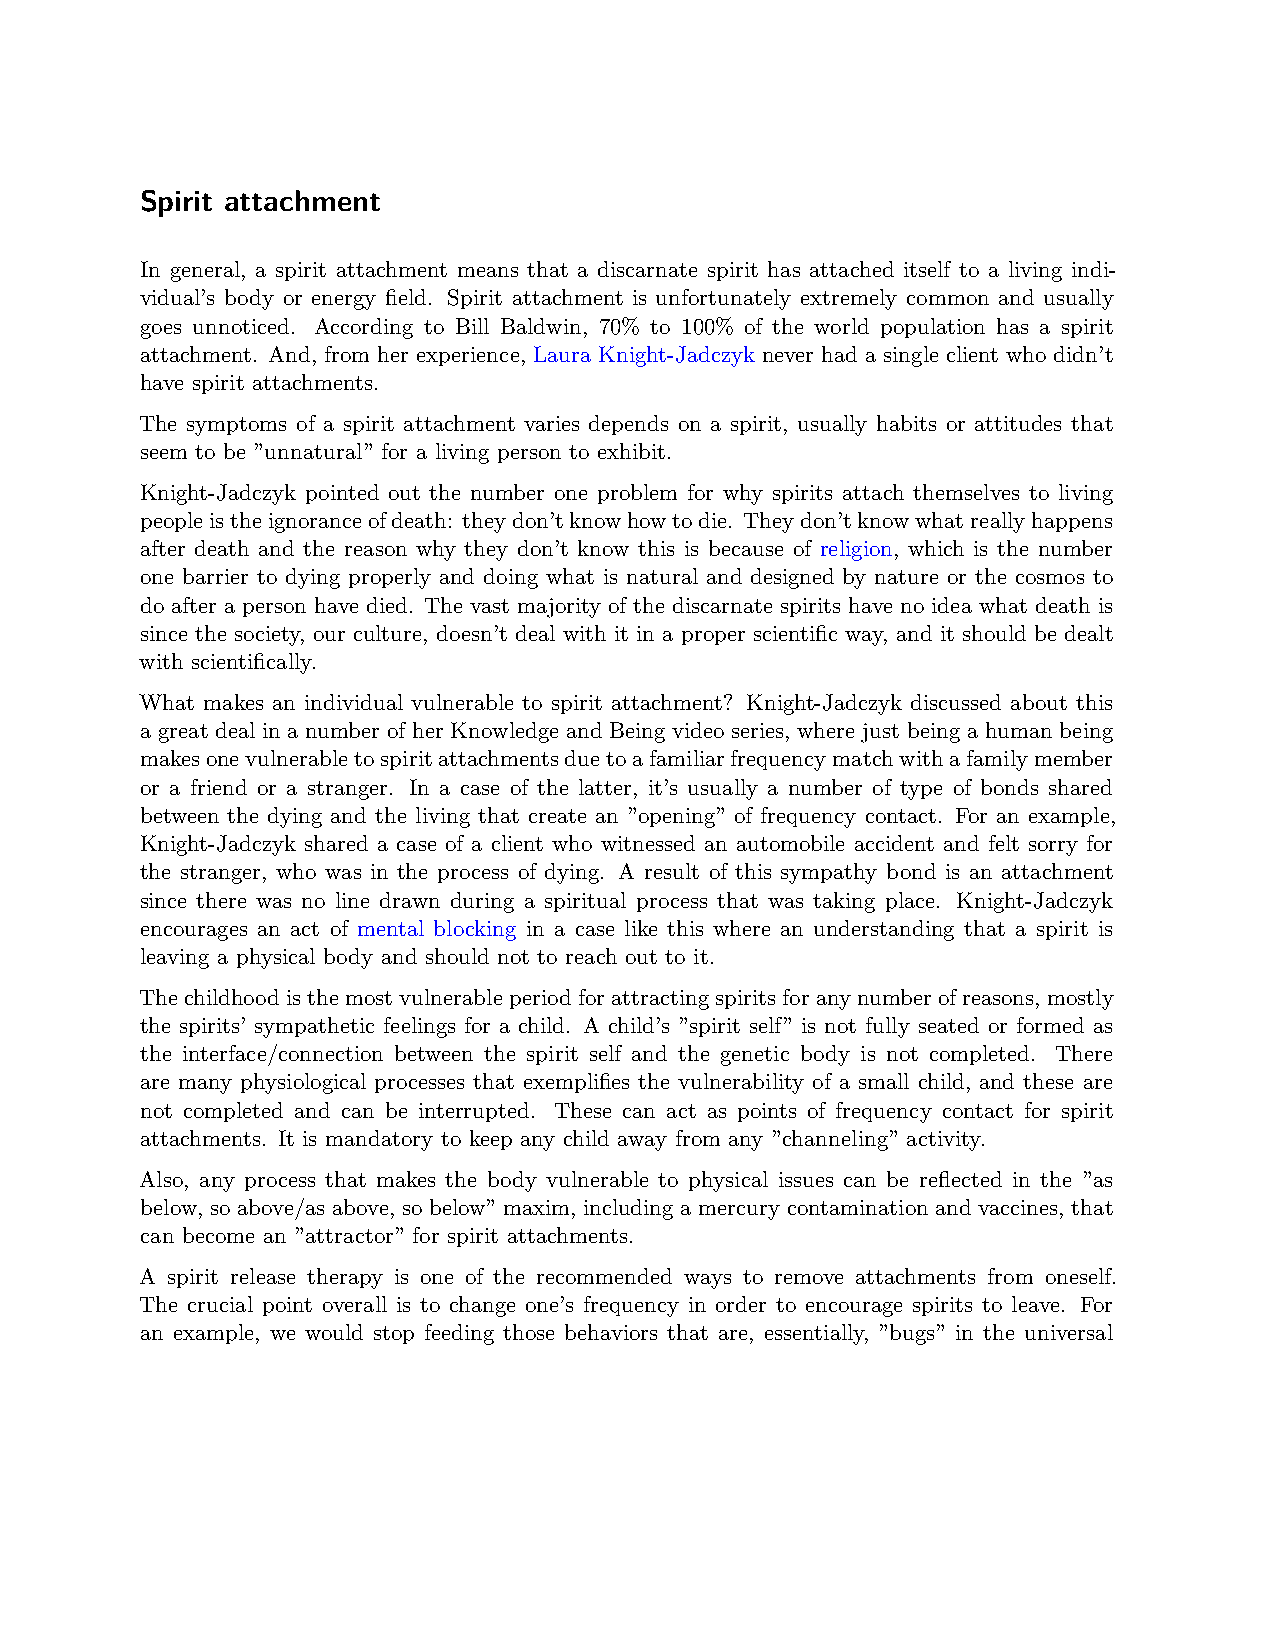
Spirit attachment
 In general, a spirit attachment means that a discarnate spirit has attached itself to a living indi-
 vidual’s body or energy field. Spirit attachment is unfortunately extremely common and usually
 goes unnoticed. According to Bill Baldwin, 70% to 100% of the world population has a spirit
 attachment. And, from her experience, Laura Knight-Jadczyk never had a single client who didn’t
 have spirit attachments.
 The symptoms of a spirit attachment varies depends on a spirit, usually habits or attitudes that
 seem to be ”unnatural” for a living person to exhibit.
 Knight-Jadczyk pointed out the number one problem for why spirits attach themselves to living
 peopleistheignoranceofdeath: theydon’tknowhowtodie. Theydon’tknowwhatreallyhappens
 after death and the reason why they don’t know this is because of religion, which is the number
 one barrier to dying properly and doing what is natural and designed by nature or the cosmos to
 do after a person have died. The vast majority of the discarnate spirits have no idea what death is
 since the society, our culture, doesn’t deal with it in a proper scientific way, and it should be dealt
 with scientifically.
 What makes an individual vulnerable to spirit attachment? Knight-Jadczyk discussed about this
 a great deal in a number of her Knowledge and Being video series, where just being a human being
 makesonevulnerabletospiritattachmentsduetoafamiliarfrequencymatchwithafamilymember
 or a friend or a stranger. In a case of the latter, it’s usually a number of type of bonds shared
 between the dying and the living that create an ”opening” of frequency contact. For an example,
 Knight-Jadczyk shared a case of a client who witnessed an automobile accident and felt sorry for
 the stranger, who was in the process of dying. A result of this sympathy bond is an attachment
 since there was no line drawn during a spiritual process that was taking place. Knight-Jadczyk
 encourages an act of mental blocking in a case like this where an understanding that a spirit is
 leaving a physical body and should not to reach out to it.
 Thechildhoodisthemostvulnerableperiodforattractingspiritsforanynumberofreasons, mostly
 the spirits’ sympathetic feelings for a child. A child’s ”spirit self” is not fully seated or formed as
 the interface/connection between the spirit self and the genetic body is not completed. There
 are many physiological processes that exemplifies the vulnerability of a small child, and these are
 not completed and can be interrupted. These can act as points of frequency contact for spirit
 attachments. It is mandatory to keep any child away from any ”channeling” activity.
 Also, any process that makes the body vulnerable to physical issues can be reflected in the ”as
 below, so above/as above, so below” maxim, including a mercury contamination and vaccines, that
 can become an ”attractor” for spirit attachments.
 A spirit release therapy is one of the recommended ways to remove attachments from oneself.
 The crucial point overall is to change one’s frequency in order to encourage spirits to leave. For
 an example, we would stop feeding those behaviors that are, essentially, ”bugs” in the universal